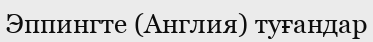
Эппингте (Англия) туғандар